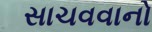
સાચવવાનો